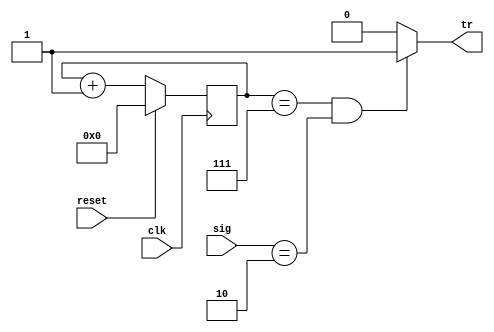
`timescale 1ns / 1ps
//////////////////////////////////////////////////////////////////////////////////
// Company: 
// Engineer: 
// 
// Design Name: 
// Module Name: Comparator
// Project Name: 
// Target Devices: 
// Tool Versions: 
// Description: 
// 
// Dependencies: 
// 
// Revision:
// Revision 0.01 - File Created
// Additional Comments:
// 
//////////////////////////////////////////////////////////////////////////////////


module Analyser(
input[2:0] sig,
//input [2:0] o,
input clk,
input reset,
//input  tm,
output tr
//output out
    );
    
    reg[5:0] count = 6'b000000;
    reg[2:0] signature = 3'b010;
//    reg tr;
    
    always@(posedge clk)
    begin
    if(reset) count = 6'b000000;
    else count = count + 6'b000001 ;
    end
    
    assign tr = ((count == 6'b000111) && (sig == signature))?1'b1:1'b0;    
    
    
endmodule